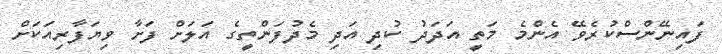
ފައިނޭންސްކުރެވޭ އެންމެ މަތީ އަދަދު ކުދި އަދި މެދުފަންތީގެ އަލަށް ފަށާ ވިޔަފާރިއަކަށް